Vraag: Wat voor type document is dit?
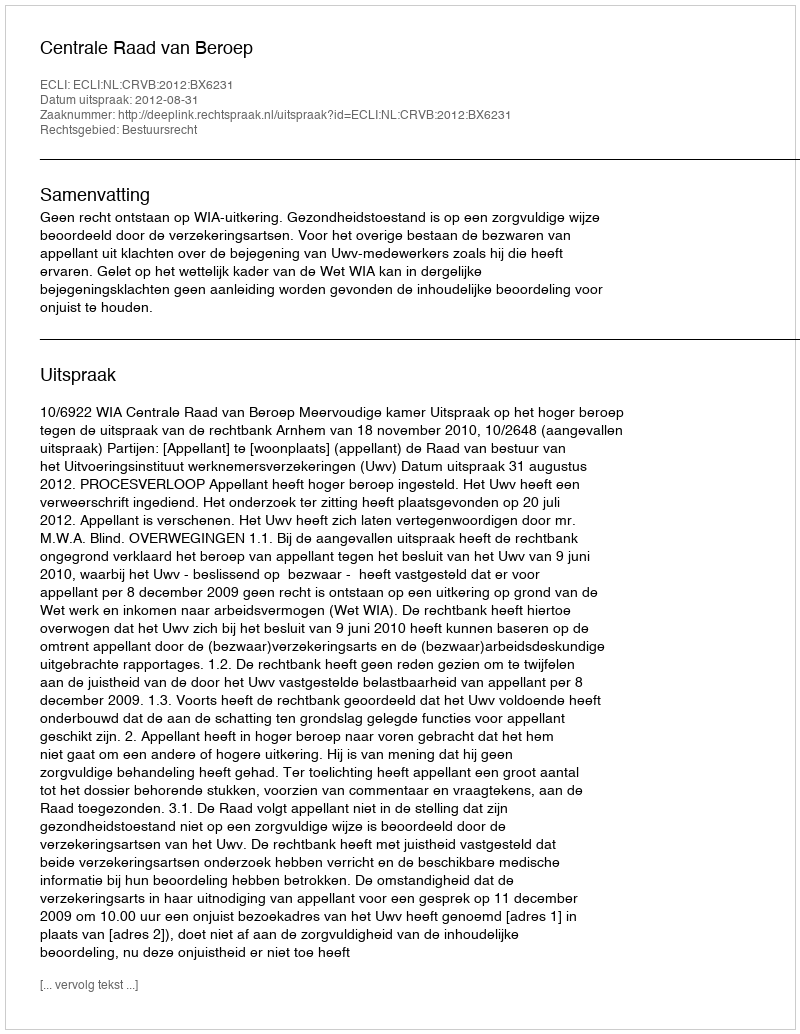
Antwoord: Uitspraak